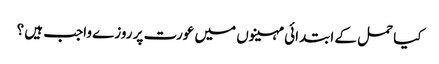
کیا حمل کے ابتدائی مہینوں میں عورت پر روزے واجب ہیں ؟